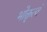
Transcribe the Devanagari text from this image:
भोक्तृत्वं